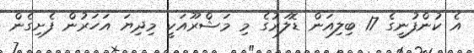
އެ ކުންފުނީގެ 17 ބިލިއަން ޑޮލަރުގެ މި މަޝްރޫއަކީ މިދިޔަ އަހަރުން ފެށިގެން